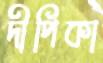
দীপিকা